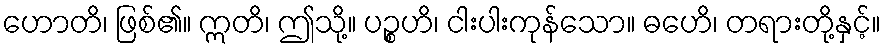
ဟောတိ၊ ဖြစ်၏။ ဣတိ၊ ဤသို့။ ပဉ္စဟိ၊ ငါးပါးကုန်သော။ ဓဟေိ၊ တရားတို့နှင့်။